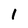
Character: 1